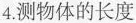
4.测物体的长度